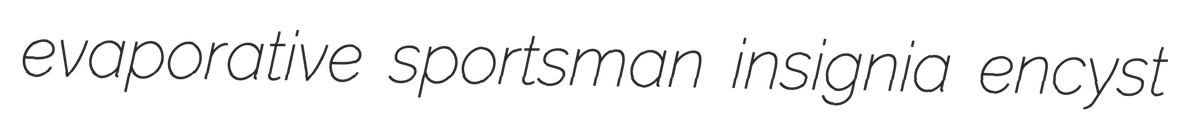
evaporative sportsman insignia encyst